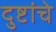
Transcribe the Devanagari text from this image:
दुष्टांचे